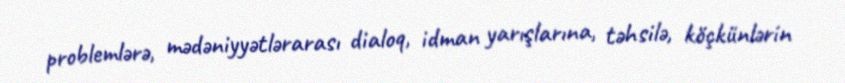
problemlərə, mədəniyyətlərarası dialoq, idman yarışlarına, təhsilə, köçkünlərin